Report of the Indian Hemp Drugs Commission, 1894-1895 - Volume VIII
Year: 1894
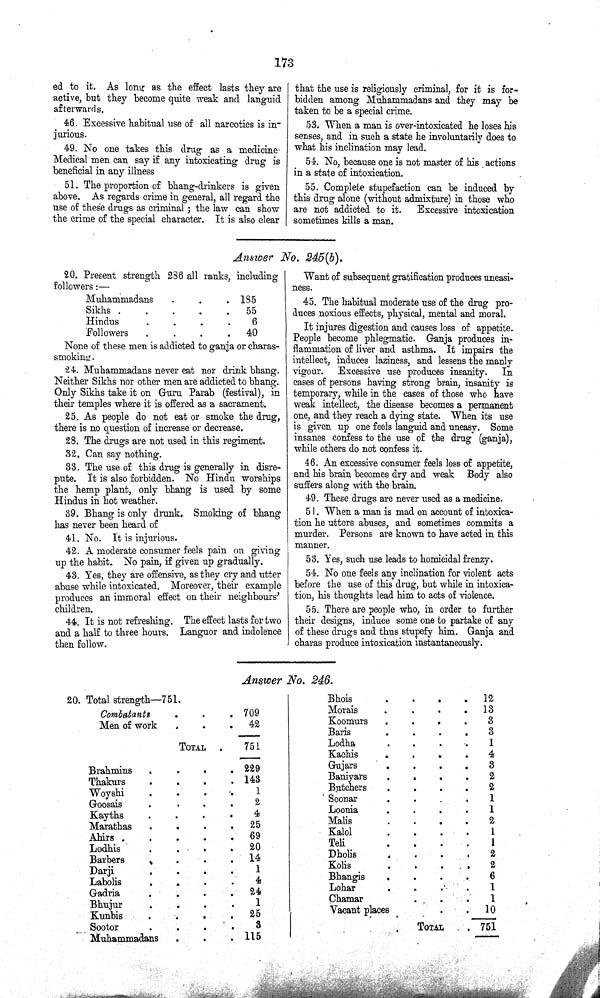
173
ed to it. As long as the effect lasts they are
active, but they become quite weak and languid
afterwards.
46. Excessive habitual use of all narcotics is in¬
jurious.
49. No one takes this drug as a medicine
Medical men can say if any intoxicating drug is
beneficial in any illness
51. The proportion of bhang-drinkers is given
above. As regards crime in general, all regard the
use of these drugs as criminal; the law can show
the crime of the special character. It is also clear
that the use is religiously criminal, for it is for¬
bidden among Muhammadans and they may be
taken to be a special crime.
53. When a man is over-intoxicated he loses his
senses, and in such a state he involuntarily does to
what his inclination may lead.
54. No, because one is not master of his actions
in a state of intoxication.
55. Complete stupefaction can be induced by
this drug alone (without admixture) in those who
are not addicted to it.
Excessive intoxication
sometimes kills a man.
Answer No. 245(b).
20. Present strength 286 all ranks, including
followers:—
Muhammadans
185
Sikhs
55
Hindus
6
Followers
40
None of these men is addicted to ganja or charas-
smoking.
24. Muhammadans never cat nor drink bhang.
Neither Sikhs nor other men are addicted to bhang.
Only Sikhs take it on Guru Parab (festival), in
their temples where it is offered as a sacrament.
25. As people do not eat or smoke the drug,
there is no question of increase or decrease.
28. The drugs are not used in this regiment.
32. Can say nothing.
33. The use of this drug is generally in disre¬
pute. It is also forbidden. No Hindu worships
the hemp plant, only bhang is used by some
Hindus in hot weather.
39. Bhang is only drunk. Smoking of bhang
has never been heard of
41. No. It is injurious.
42. A moderate consumer feels pain on giving
up the habit. No pain, if given up gradually.
43. Yes, they are offensive, as they cry and utter
abuse while intoxicated. Moreover, their example
produces an immoral effect on their neighbours'
children.
44. It is not refreshing. The effect lasts for two
and a half to three hours. Languor and indolence
then follow.
Want of subsequent gratification produces uneasi¬
ness.
45. The habitual moderate use of the drug pro¬
duces noxious effects, physical, mental and moral.
It injures digestion and causes loss of appetite.
People become phlegmatic. Ganja produces in¬
flammation of liver and asthma. It impairs the
intellect, induces laziness, and lessens the manly
vigour. Excessive use produces insanity. In
cases of persons having strong brain, insanity is
temporary, while in the cases of those who have
weak intellect, the disease becomes a permanent
one, and they reach a dying state. When its use
is given up one feels languid and uneasy. Some
insanes confess to the use of the drug (ganja),
while others do not confess it.
46. An excessive consumer feels loss of appetite,
and his brain becomes dry and weak Body also
suffers along with the brain.
49. These drugs are never used as a medicine.
51. When a man is mad on account of intoxica¬
tion he utters abuses, and sometimes commits a
murder. Persons are known to have acted in this
manner.
53. Yes, such use leads to homicidal frenzy.
54. No one feels any inclination for violent acts
before the use of this drug, but while in intoxica¬
tion, his thoughts lead him to acts of violence.
55. There are people who, in order to further
their designs, induce some one to partake of any
of these drugs and thus stupefy him. Ganja and
charas produce intoxication instantaneously.
Answer No. 246.
20. Total strength—751.
Combatants
709
Men of work
42
TOTAL
751
Brahmins
229
Thakurs
143
Woyshi
1
Goosais
2
Kayths
4
Marathas
25
Ahirs
69
Lodhis
20
Barbers
14
Darji
1
Labolis
4
Gadria
24
Bhujur
1
Kunbis
25
Sootor
3
Muhammadans
115
Bhois
12
Morais
13
Koomurs
3
Baris
3
Lodha
1
Kachis
4
Gujars
3
Baniyars
2
Butchers
2
Soonar
1
Loonia
1
Malis
2
Kalol
1
Teli
1
Dholis
2
Kolis
2
Bhangis
6
Lohar
1
Chamar
1
Vacant places
10
TOTAL
751